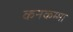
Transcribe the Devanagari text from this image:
कनकम्मा